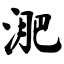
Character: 淝